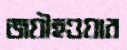
জয়ীহওয়ার